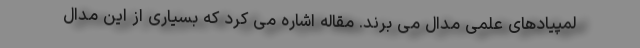
لمپیادهای علمی مدال می برند. مقاله اشاره می کرد که بسیاری از این مدال